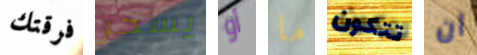
فرقتك يسخر أو ما تتكون ان